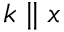
k \parallel x